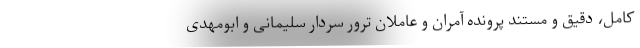
کامل، دقیق و مستند پرونده آمران و عاملان ترور سردار سلیمانی و ابومهدی